Indian journal of veterinary science and animal husbandry - Volume 2,
Year: 1932
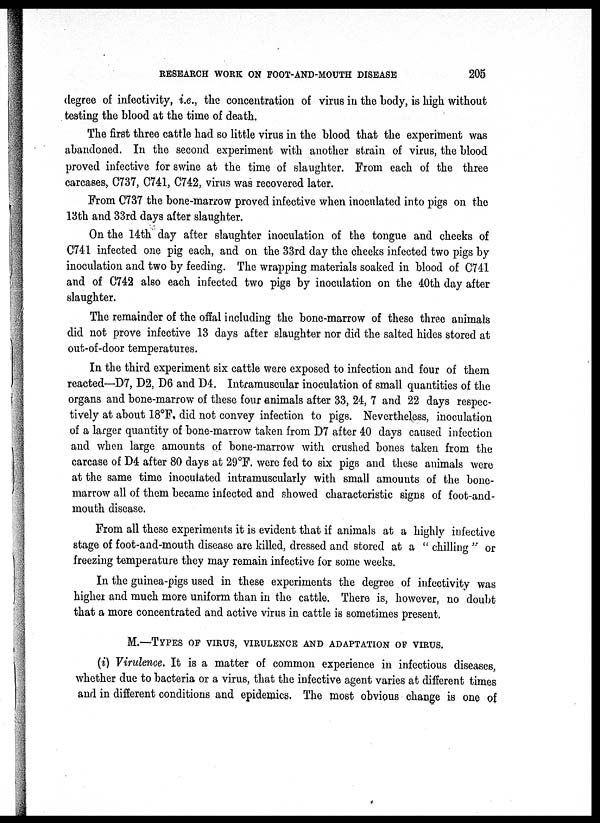
RESEARCH WORK ON
FOOT-AND-MOUTH
DISEASE
205
degree of infectivity, i.e., the concentration of virus in the body, is high without
testing the blood at the time of death.
The first three cattle had so little virus in the blood that the experiment was
abandoned. In the second experiment with another strain of virus, the blood
proved infective for swine at the time of slaughter. From each of the three
carcases, C737, C741, C742, virus was recovered later.
From C737 the bone-marrow proved infective when inoculated into pigs on the
13th and 33rd days after slaughter.
On the 14th day after slaughter inoculation of the tongue and cheeks of
C741 infected one pig each, and on the 33rd day the cheeks infected two pigs by
inoculation and two by feeding. The wrapping materials soaked in blood of C741
and of C742 also each infected two pigs by inoculation on the 40th day after
slaughter.
The remainder of the offal including the bone-marrow of these three animals
did not prove infective 13 days after slaughter nor did the salted hides stored at
out-of-door temperatures.
In the third experiment six cattle were exposed to infection and four of them
reacted—D7, D2, D6 and D4. Intramuscular inoculation of small quantities of the
organs and bone-marrow of these four animals after 33, 24, 7 and 22 days respec-
tively at about 18°F. did not convey infection to pigs. Nevertheless, inoculation
of a larger quantity of bone-marrow taken from D7 after 40 days caused infection
and when large amounts of bone-marrow with crushed bones taken from the
carcase of D4 after 80 days at 29°F. were fed to six pigs and these animals were
at the same time inoculated intramuscularly with small amounts of the bone-
marrow all of them became infected and showed characteristic signs of foot-and-
mouth disease.
From all these experiments it is evident that if animals at a highly infective
stage of foot-and-mouth disease are killed, dressed and stored at a " chilling " or
freezing temperature they may remain infective for some weeks.
In the guinea-pigs used in these experiments the degree of infectivity was
higher and much more uniform than in the cattle. There is, however, no doubt
that a more concentrated and active virus in cattle is sometimes present.
M.—TYPES OF VIRUS, VIRULENCE AND ADAPTATION OF VIRUS.
(i) Virulence. It is a matter of common experience in infectious diseases,
whether due to bacteria or a virus, that the infective agent varies at different times
and in different conditions and epidemics. The most obvious change is one of